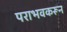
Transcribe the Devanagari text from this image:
पराभवकरून